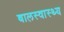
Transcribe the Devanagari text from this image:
बालस्वास्थ्य